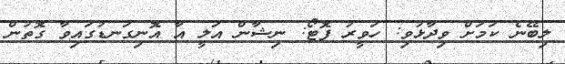
ލިބޭނެ ކަމަށް ވިދާޅުވި: ހަވީރު ފޮޓޯ: ނިޝާން އަލީ އާ އޮނިގަނޑުގައިވާ ގޮތުން